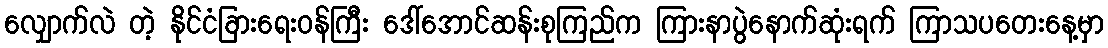
လျှောက်လဲ တဲ့ နိုင်ငံခြားရေးဝန်ကြီး ဒေါ်အောင်ဆန်းစုကြည်က ကြားနာပွဲနောက်ဆုံးရက် ကြာသပတေးနေ့မှာ